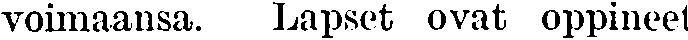
voimaansa. Lapset ovat oppineet